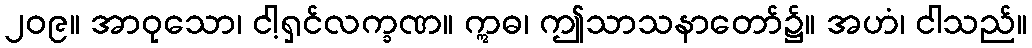
၂၀၉။ အာဝုသော၊ ငါ့ရှင်လက္ခဏ။ ဣဓ၊ ဤသာသနာတော်၌။ အဟံ၊ ငါသည်။